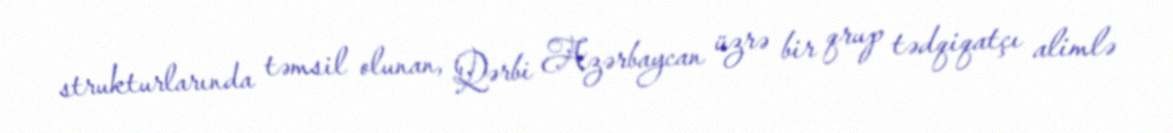
strukturlarında təmsil olunan, Qərbi Azərbaycan üzrə bir qrup tədqiqatçı alimlə